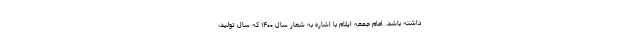
داشته باشد. امام جمعه ایلام با اشاره به شعار سال ۱۴۰۰ که سال تولید،